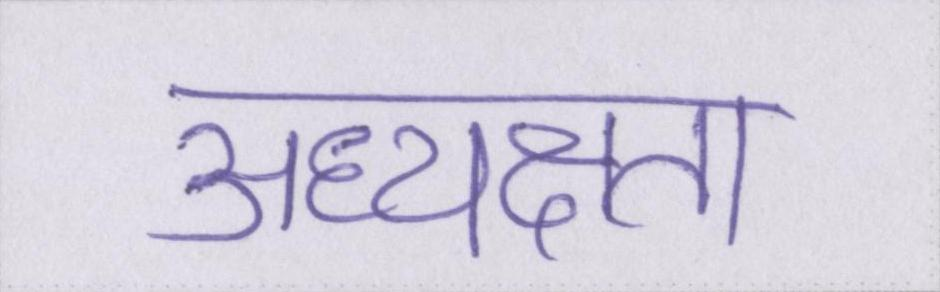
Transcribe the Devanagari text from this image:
अध्यक्षता